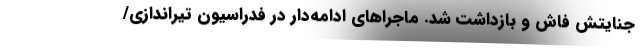
جنایتش فاش و بازداشت شد. ماجراهای ادامه‌دار در فدراسیون تیراندازی/